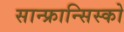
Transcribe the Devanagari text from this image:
सान्फ्रान्सिस्को